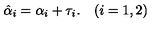
\hat { \alpha } _ { i } = \alpha _ { i } + \tau _ { i } . \quad ( i = 1 , 2 )